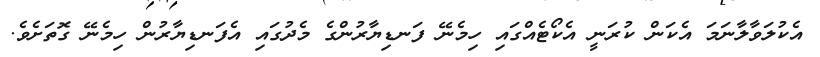
އެކުލަވާލާނަމަ އެކަން ކުރަނީ އެކޯޓެއްގައި ހިމެނޭ ފަނޑިޔާރުންގެ މެދުގައި އެފަނޑިޔާރުން ހިމެނޭ ގޮތަށެވެ.